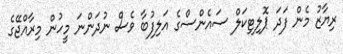
ރިޔާޒު މެން ފަދަ ޕޮލިޓިކަލް ސައެންސްގެ އަލިފުބާ ވެސް ނުދަންނަ މީހުން މިރާއްޖޭގެ